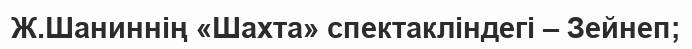
Ж.Шаниннің «Шахта» спектакліндегі – Зейнеп;